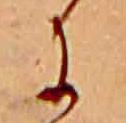
に